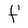
Character: f